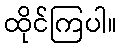
ထိုင်ကြပါ။